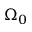
\Omega _ { 0 }